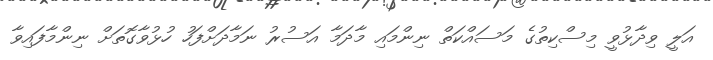
އަލީ ވިދާޅުވީ މިސްކިތުގެ މަސައްކަތް ނިންމައި މާދަމާ އަސުރު ނަމާދަށްފަހު ހުޅުވާގޮތަށް ނިންމާފައިވާ